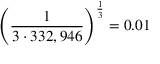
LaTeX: \left( { \frac { 1 } { 3 \cdot 3 3 2 , 9 4 6 } } \right) ^ { \frac { 1 } { 3 } } = 0 . 0 1